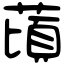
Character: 䔛